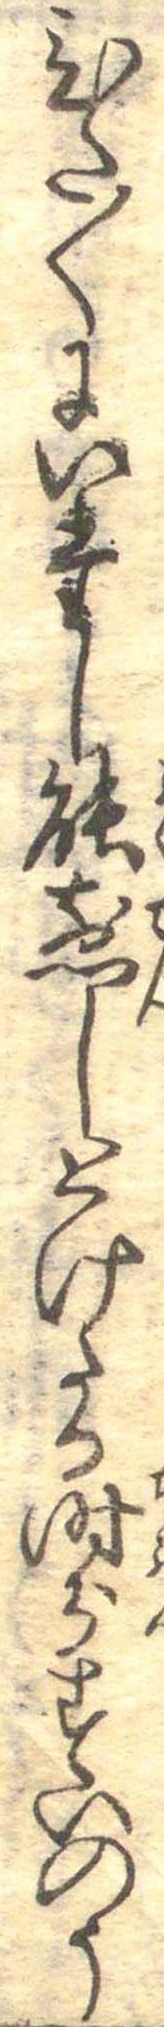
ひた〱にいたし能煎しとけたる時分すいのう